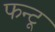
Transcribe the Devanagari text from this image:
फन्टू